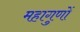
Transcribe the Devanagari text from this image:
महागुणों